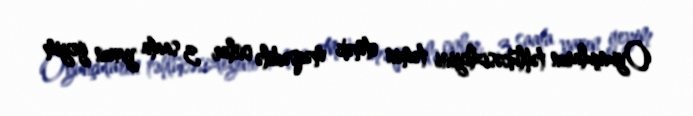
Oyunçuların təhlükəsizliyini təmin etmək məqsədilə onlar 3 saata yaxın geyim